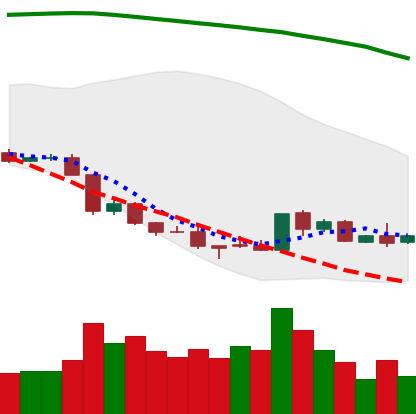
Ticker: EOS-USD
Chart end date: 2018-08-23
Forward return: 20.024%
Label: up_7plus